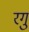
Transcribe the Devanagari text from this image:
रगु